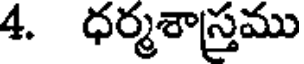
4. ధర్మశాస్త్రము